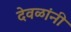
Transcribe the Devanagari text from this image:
देवळांनी